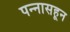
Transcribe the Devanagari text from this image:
पन्‍नासहून